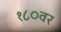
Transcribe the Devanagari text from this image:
१८०वर